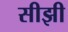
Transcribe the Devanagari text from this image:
सीझी